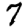
Digit: 7